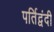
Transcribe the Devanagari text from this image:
पर्तिद्वंदी